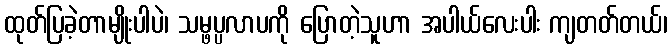
ထုတ်ပြခဲ့တာမျိုးပါပဲ၊ သမ္ဖပ္ပလာပကို ပြောတဲ့သူဟာ အပါယ်လေးပါး ကျတတ်တယ်၊